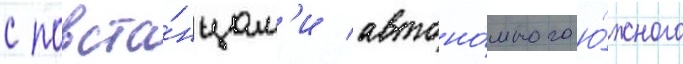
с повста́нцам'и автоно́много ю́жного